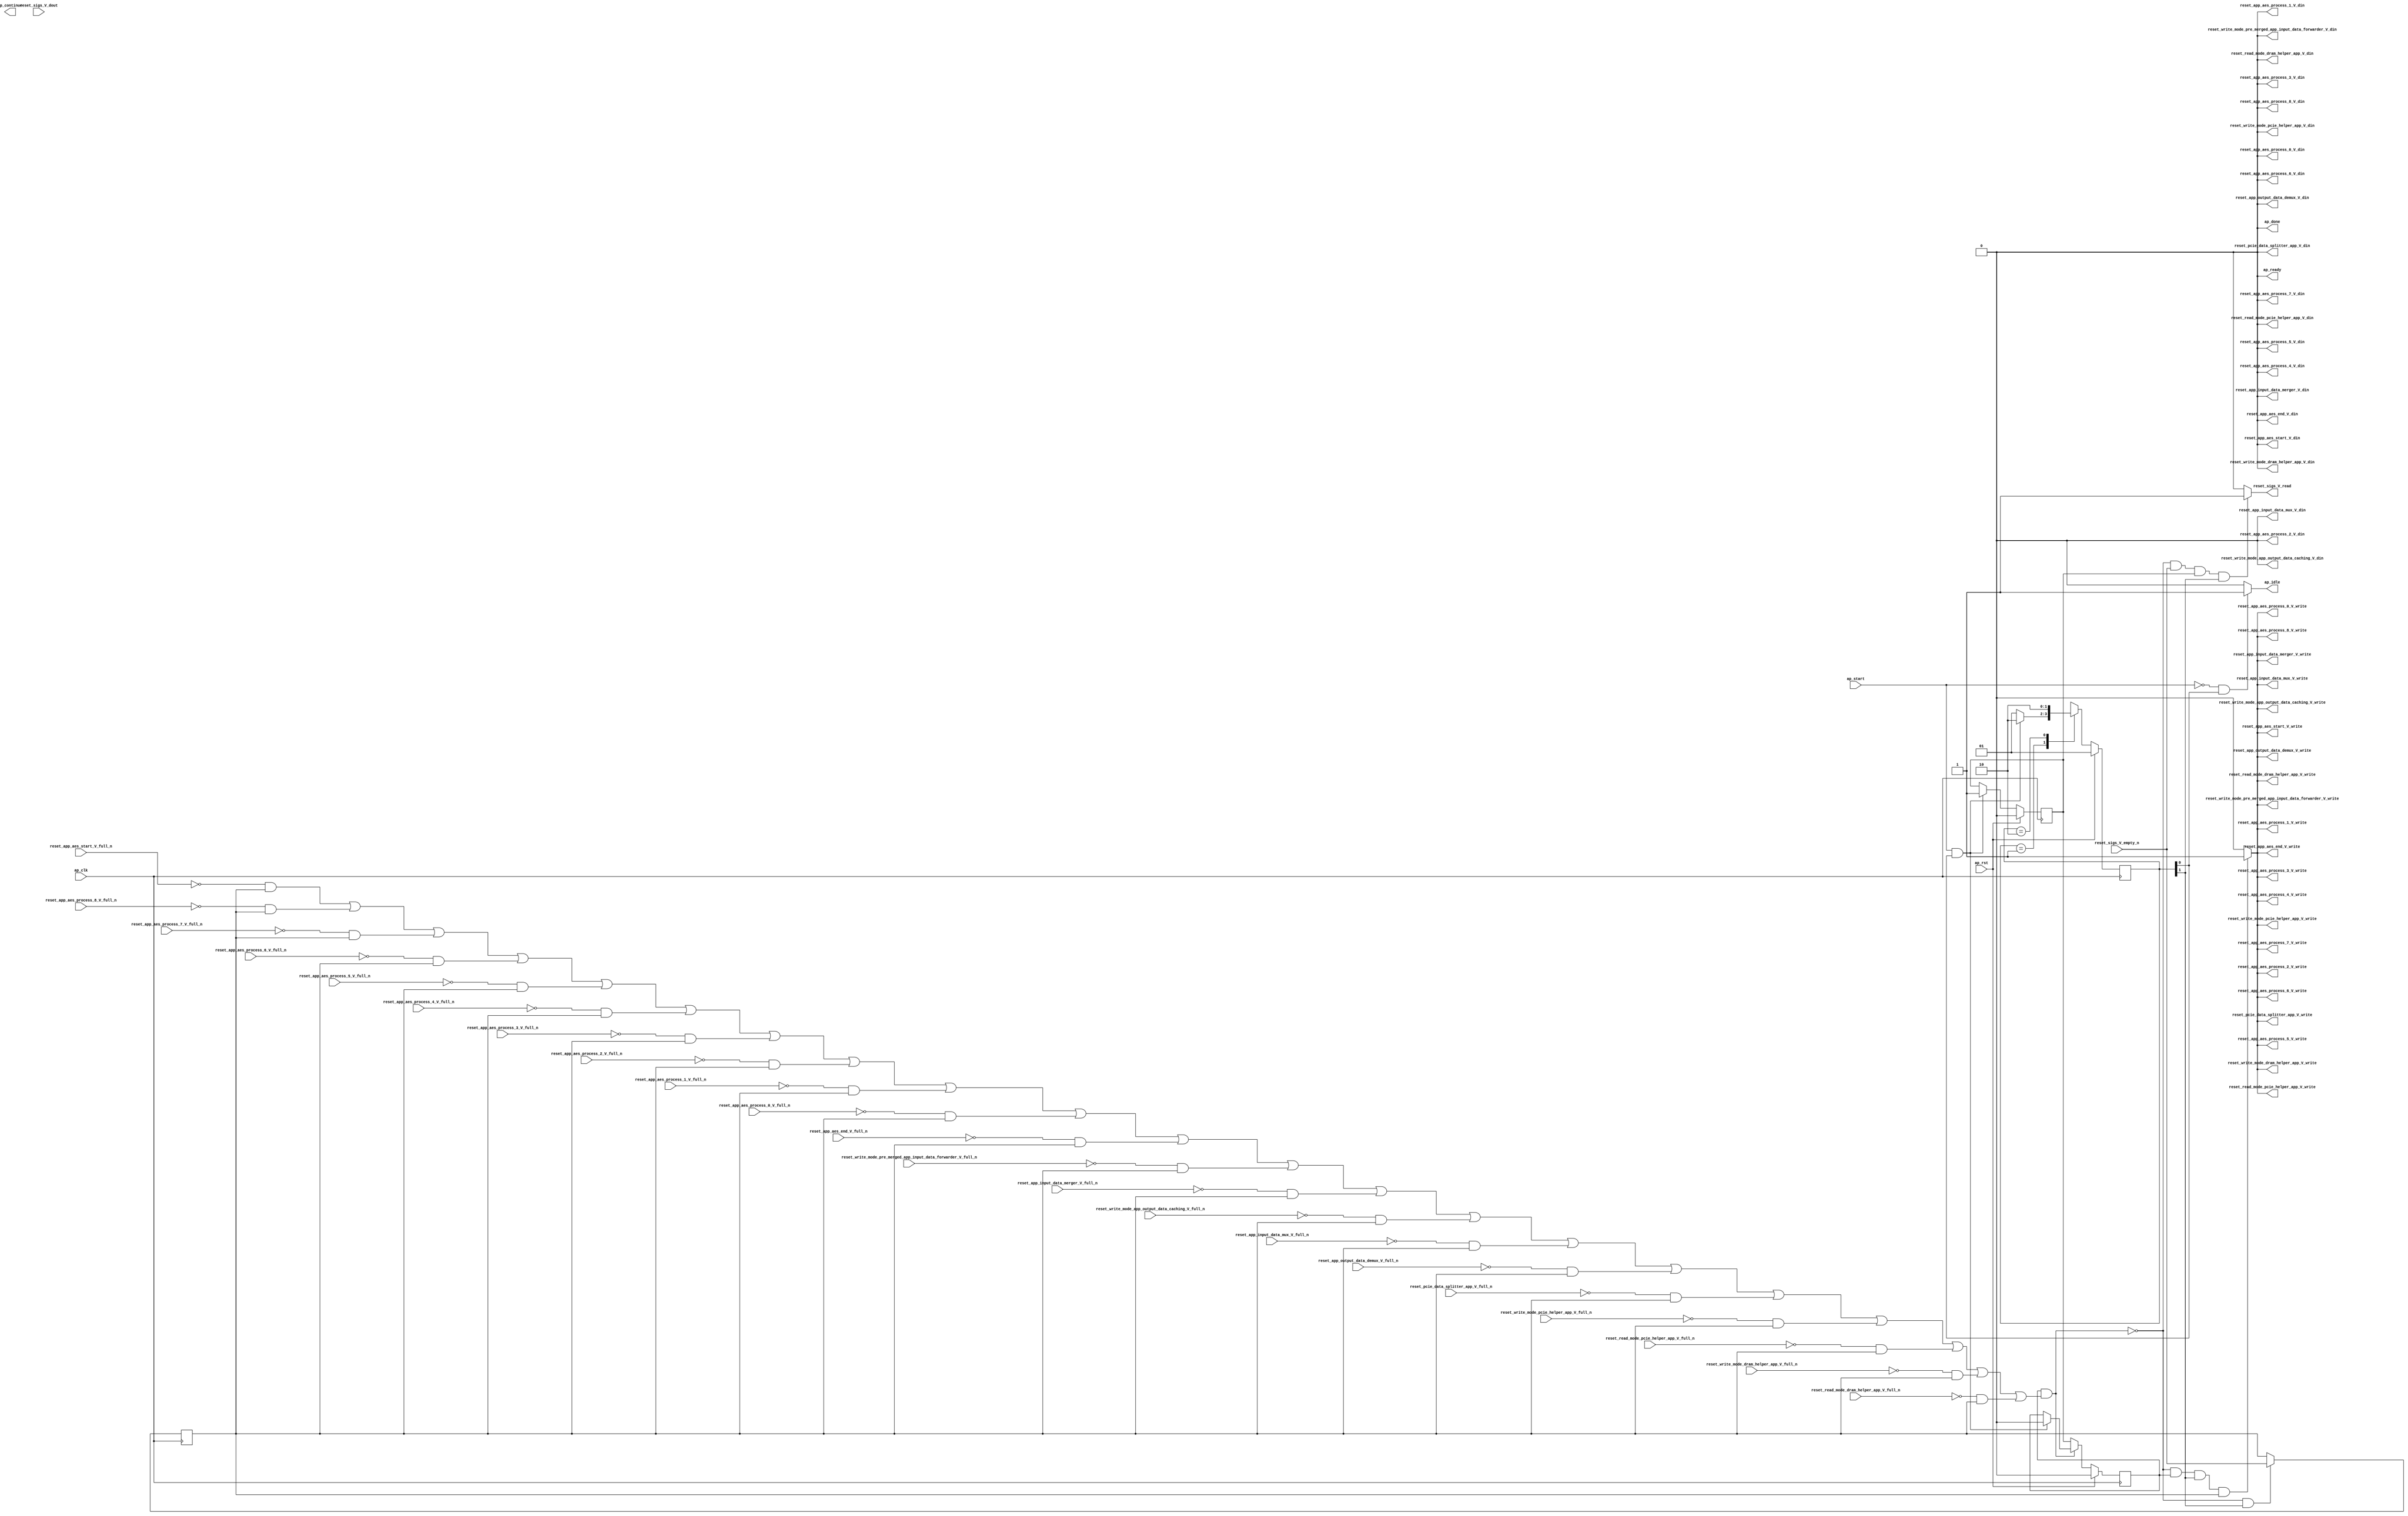
// ==============================================================
// RTL generated by Vivado(TM) HLS - High-Level Synthesis from C, C++ and SystemC
// Version: 2017.4.op
// Copyright (C) 1986-2018 Xilinx, Inc. All Rights Reserved.
// 
// ===========================================================

`timescale 1 ns / 1 ps 

(* CORE_GENERATION_INFO="reset_propaganda,hls_ip_2017_4_op,{HLS_INPUT_TYPE=cxx,HLS_INPUT_FLOAT=0,HLS_INPUT_FIXED=0,HLS_INPUT_PART=xcvu9p-flgb2104-2-i,HLS_INPUT_CLOCK=4.000000,HLS_INPUT_ARCH=others,HLS_SYN_CLOCK=1.458000,HLS_SYN_LAT=-1,HLS_SYN_TPT=none,HLS_SYN_MEM=0,HLS_SYN_DSP=0,HLS_SYN_FF=5,HLS_SYN_LUT=240}" *)

module reset_propaganda (
        ap_clk,
        ap_rst,
        ap_start,
        ap_done,
ap_continue,
        ap_idle,
        ap_ready,
        reset_app_aes_end_V_din,
        reset_app_aes_end_V_full_n,
        reset_app_aes_end_V_write,
        reset_app_aes_process_0_V_din,
        reset_app_aes_process_0_V_full_n,
        reset_app_aes_process_0_V_write,
        reset_app_aes_process_1_V_din,
        reset_app_aes_process_1_V_full_n,
        reset_app_aes_process_1_V_write,
        reset_app_aes_process_2_V_din,
        reset_app_aes_process_2_V_full_n,
        reset_app_aes_process_2_V_write,
        reset_app_aes_process_3_V_din,
        reset_app_aes_process_3_V_full_n,
        reset_app_aes_process_3_V_write,
        reset_app_aes_process_4_V_din,
        reset_app_aes_process_4_V_full_n,
        reset_app_aes_process_4_V_write,
        reset_app_aes_process_5_V_din,
        reset_app_aes_process_5_V_full_n,
        reset_app_aes_process_5_V_write,
        reset_app_aes_process_6_V_din,
        reset_app_aes_process_6_V_full_n,
        reset_app_aes_process_6_V_write,
        reset_app_aes_process_7_V_din,
        reset_app_aes_process_7_V_full_n,
        reset_app_aes_process_7_V_write,
        reset_app_aes_process_8_V_din,
        reset_app_aes_process_8_V_full_n,
        reset_app_aes_process_8_V_write,
        reset_app_aes_start_V_din,
        reset_app_aes_start_V_full_n,
        reset_app_aes_start_V_write,
        reset_sigs_V_dout,
        reset_sigs_V_empty_n,
        reset_sigs_V_read,
        reset_read_mode_dram_helper_app_V_din,
        reset_read_mode_dram_helper_app_V_full_n,
        reset_read_mode_dram_helper_app_V_write,
        reset_write_mode_dram_helper_app_V_din,
        reset_write_mode_dram_helper_app_V_full_n,
        reset_write_mode_dram_helper_app_V_write,
        reset_read_mode_pcie_helper_app_V_din,
        reset_read_mode_pcie_helper_app_V_full_n,
        reset_read_mode_pcie_helper_app_V_write,
        reset_write_mode_pcie_helper_app_V_din,
        reset_write_mode_pcie_helper_app_V_full_n,
        reset_write_mode_pcie_helper_app_V_write,
        reset_pcie_data_splitter_app_V_din,
        reset_pcie_data_splitter_app_V_full_n,
        reset_pcie_data_splitter_app_V_write,
        reset_app_output_data_demux_V_din,
        reset_app_output_data_demux_V_full_n,
        reset_app_output_data_demux_V_write,
        reset_app_input_data_mux_V_din,
        reset_app_input_data_mux_V_full_n,
        reset_app_input_data_mux_V_write,
        reset_write_mode_app_output_data_caching_V_din,
        reset_write_mode_app_output_data_caching_V_full_n,
        reset_write_mode_app_output_data_caching_V_write,
        reset_app_input_data_merger_V_din,
        reset_app_input_data_merger_V_full_n,
        reset_app_input_data_merger_V_write,
        reset_write_mode_pre_merged_app_input_data_forwarder_V_din,
        reset_write_mode_pre_merged_app_input_data_forwarder_V_full_n,
        reset_write_mode_pre_merged_app_input_data_forwarder_V_write
);

parameter    ap_ST_fsm_state1 = 2'd1;
parameter    ap_ST_fsm_pp0_stage0 = 2'd2;

input   ap_clk;
input   ap_rst;
input   ap_start;
output   ap_done;
output   ap_idle;
output ap_ready; output ap_continue;
output   reset_app_aes_end_V_din;
input   reset_app_aes_end_V_full_n;
output   reset_app_aes_end_V_write;
output   reset_app_aes_process_0_V_din;
input   reset_app_aes_process_0_V_full_n;
output   reset_app_aes_process_0_V_write;
output   reset_app_aes_process_1_V_din;
input   reset_app_aes_process_1_V_full_n;
output   reset_app_aes_process_1_V_write;
output   reset_app_aes_process_2_V_din;
input   reset_app_aes_process_2_V_full_n;
output   reset_app_aes_process_2_V_write;
output   reset_app_aes_process_3_V_din;
input   reset_app_aes_process_3_V_full_n;
output   reset_app_aes_process_3_V_write;
output   reset_app_aes_process_4_V_din;
input   reset_app_aes_process_4_V_full_n;
output   reset_app_aes_process_4_V_write;
output   reset_app_aes_process_5_V_din;
input   reset_app_aes_process_5_V_full_n;
output   reset_app_aes_process_5_V_write;
output   reset_app_aes_process_6_V_din;
input   reset_app_aes_process_6_V_full_n;
output   reset_app_aes_process_6_V_write;
output   reset_app_aes_process_7_V_din;
input   reset_app_aes_process_7_V_full_n;
output   reset_app_aes_process_7_V_write;
output   reset_app_aes_process_8_V_din;
input   reset_app_aes_process_8_V_full_n;
output   reset_app_aes_process_8_V_write;
output   reset_app_aes_start_V_din;
input   reset_app_aes_start_V_full_n;
output   reset_app_aes_start_V_write;
input   reset_sigs_V_dout;
input   reset_sigs_V_empty_n;
output   reset_sigs_V_read;
output   reset_read_mode_dram_helper_app_V_din;
input   reset_read_mode_dram_helper_app_V_full_n;
output   reset_read_mode_dram_helper_app_V_write;
output   reset_write_mode_dram_helper_app_V_din;
input   reset_write_mode_dram_helper_app_V_full_n;
output   reset_write_mode_dram_helper_app_V_write;
output   reset_read_mode_pcie_helper_app_V_din;
input   reset_read_mode_pcie_helper_app_V_full_n;
output   reset_read_mode_pcie_helper_app_V_write;
output   reset_write_mode_pcie_helper_app_V_din;
input   reset_write_mode_pcie_helper_app_V_full_n;
output   reset_write_mode_pcie_helper_app_V_write;
output   reset_pcie_data_splitter_app_V_din;
input   reset_pcie_data_splitter_app_V_full_n;
output   reset_pcie_data_splitter_app_V_write;
output   reset_app_output_data_demux_V_din;
input   reset_app_output_data_demux_V_full_n;
output   reset_app_output_data_demux_V_write;
output   reset_app_input_data_mux_V_din;
input   reset_app_input_data_mux_V_full_n;
output   reset_app_input_data_mux_V_write;
output   reset_write_mode_app_output_data_caching_V_din;
input   reset_write_mode_app_output_data_caching_V_full_n;
output   reset_write_mode_app_output_data_caching_V_write;
output   reset_app_input_data_merger_V_din;
input   reset_app_input_data_merger_V_full_n;
output   reset_app_input_data_merger_V_write;
output   reset_write_mode_pre_merged_app_input_data_forwarder_V_din;
input   reset_write_mode_pre_merged_app_input_data_forwarder_V_full_n;
output   reset_write_mode_pre_merged_app_input_data_forwarder_V_write;

reg ap_idle;
reg reset_app_aes_end_V_write;
reg reset_app_aes_process_0_V_write;
reg reset_app_aes_process_1_V_write;
reg reset_app_aes_process_2_V_write;
reg reset_app_aes_process_3_V_write;
reg reset_app_aes_process_4_V_write;
reg reset_app_aes_process_5_V_write;
reg reset_app_aes_process_6_V_write;
reg reset_app_aes_process_7_V_write;
reg reset_app_aes_process_8_V_write;
reg reset_app_aes_start_V_write;
reg reset_sigs_V_read;
reg reset_read_mode_dram_helper_app_V_write;
reg reset_write_mode_dram_helper_app_V_write;
reg reset_read_mode_pcie_helper_app_V_write;
reg reset_write_mode_pcie_helper_app_V_write;
reg reset_pcie_data_splitter_app_V_write;
reg reset_app_output_data_demux_V_write;
reg reset_app_input_data_mux_V_write;
reg reset_write_mode_app_output_data_caching_V_write;
reg reset_app_input_data_merger_V_write;
reg reset_write_mode_pre_merged_app_input_data_forwarder_V_write;

(* fsm_encoding = "none" *) reg   [1:0] ap_CS_fsm;
wire    ap_CS_fsm_state1;
reg    reset_app_aes_end_V_blk_n;
wire    ap_CS_fsm_pp0_stage0;
reg    ap_enable_reg_pp0_iter1;
wire    ap_block_pp0_stage0;
reg   [0:0] empty_n_reg_522;
reg    reset_app_aes_process_0_V_blk_n;
reg    reset_app_aes_process_1_V_blk_n;
reg    reset_app_aes_process_2_V_blk_n;
reg    reset_app_aes_process_3_V_blk_n;
reg    reset_app_aes_process_4_V_blk_n;
reg    reset_app_aes_process_5_V_blk_n;
reg    reset_app_aes_process_6_V_blk_n;
reg    reset_app_aes_process_7_V_blk_n;
reg    reset_app_aes_process_8_V_blk_n;
reg    reset_app_aes_start_V_blk_n;
reg    reset_read_mode_dram_helper_app_V_blk_n;
reg    reset_write_mode_dram_helper_app_V_blk_n;
reg    reset_read_mode_pcie_helper_app_V_blk_n;
reg    reset_write_mode_pcie_helper_app_V_blk_n;
reg    reset_pcie_data_splitter_app_V_blk_n;
reg    reset_app_output_data_demux_V_blk_n;
reg    reset_app_input_data_mux_V_blk_n;
reg    reset_write_mode_app_output_data_caching_V_blk_n;
reg    reset_app_input_data_merger_V_blk_n;
reg    reset_write_mode_pre_merged_app_input_data_forwarder_V_blk_n;
wire    ap_block_state2_pp0_stage0_iter0;
reg    ap_block_state3_pp0_stage0_iter1;
reg    ap_block_pp0_stage0_11001;
reg    ap_enable_reg_pp0_iter0;
reg    ap_block_pp0_stage0_subdone;
reg    ap_block_pp0_stage0_01001;
reg   [1:0] ap_NS_fsm;
reg    ap_idle_pp0;
wire    ap_enable_pp0;

// power-on initialization
initial begin
#0 ap_CS_fsm = 2'd1;
#0 ap_enable_reg_pp0_iter1 = 1'b0;
#0 ap_enable_reg_pp0_iter0 = 1'b0;
end

always @ (posedge ap_clk) begin
    if (ap_rst == 1'b1) begin
        ap_CS_fsm <= ap_ST_fsm_state1;
    end else begin
        ap_CS_fsm <= ap_NS_fsm;
    end
end

always @ (posedge ap_clk) begin
    if (ap_rst == 1'b1) begin
        ap_enable_reg_pp0_iter0 <= 1'b0;
    end else begin
        if (((ap_start == 1'b1) & (1'b1 == ap_CS_fsm_state1))) begin
            ap_enable_reg_pp0_iter0 <= 1'b1;
        end
    end
end

always @ (posedge ap_clk) begin
    if (ap_rst == 1'b1) begin
        ap_enable_reg_pp0_iter1 <= 1'b0;
    end else begin
        if ((1'b0 == ap_block_pp0_stage0_subdone)) begin
            ap_enable_reg_pp0_iter1 <= ap_enable_reg_pp0_iter0;
        end else if (((ap_start == 1'b1) & (1'b1 == ap_CS_fsm_state1))) begin
            ap_enable_reg_pp0_iter1 <= 1'b0;
        end
    end
end

always @ (posedge ap_clk) begin
    if (((1'b0 == ap_block_pp0_stage0_11001) & (1'b1 == ap_CS_fsm_pp0_stage0))) begin
        empty_n_reg_522 <= reset_sigs_V_empty_n;
    end
end

always @ (*) begin
    if (((ap_start == 1'b0) & (1'b1 == ap_CS_fsm_state1))) begin
        ap_idle = 1'b1;
    end else begin
        ap_idle = 1'b0;
    end
end

always @ (*) begin
    if (((ap_enable_reg_pp0_iter0 == 1'b0) & (ap_enable_reg_pp0_iter1 == 1'b0))) begin
        ap_idle_pp0 = 1'b1;
    end else begin
        ap_idle_pp0 = 1'b0;
    end
end

always @ (*) begin
    if (((ap_enable_reg_pp0_iter1 == 1'b1) & (1'b1 == ap_CS_fsm_pp0_stage0) & (empty_n_reg_522 == 1'd1) & (1'b0 == ap_block_pp0_stage0))) begin
        reset_app_aes_end_V_blk_n = reset_app_aes_end_V_full_n;
    end else begin
        reset_app_aes_end_V_blk_n = 1'b1;
    end
end

always @ (*) begin
    if (((1'b0 == ap_block_pp0_stage0_11001) & (ap_enable_reg_pp0_iter1 == 1'b1) & (1'b1 == ap_CS_fsm_pp0_stage0) & (empty_n_reg_522 == 1'd1))) begin
        reset_app_aes_end_V_write = 1'b1;
    end else begin
        reset_app_aes_end_V_write = 1'b0;
    end
end

always @ (*) begin
    if (((ap_enable_reg_pp0_iter1 == 1'b1) & (1'b1 == ap_CS_fsm_pp0_stage0) & (empty_n_reg_522 == 1'd1) & (1'b0 == ap_block_pp0_stage0))) begin
        reset_app_aes_process_0_V_blk_n = reset_app_aes_process_0_V_full_n;
    end else begin
        reset_app_aes_process_0_V_blk_n = 1'b1;
    end
end

always @ (*) begin
    if (((1'b0 == ap_block_pp0_stage0_11001) & (ap_enable_reg_pp0_iter1 == 1'b1) & (1'b1 == ap_CS_fsm_pp0_stage0) & (empty_n_reg_522 == 1'd1))) begin
        reset_app_aes_process_0_V_write = 1'b1;
    end else begin
        reset_app_aes_process_0_V_write = 1'b0;
    end
end

always @ (*) begin
    if (((ap_enable_reg_pp0_iter1 == 1'b1) & (1'b1 == ap_CS_fsm_pp0_stage0) & (empty_n_reg_522 == 1'd1) & (1'b0 == ap_block_pp0_stage0))) begin
        reset_app_aes_process_1_V_blk_n = reset_app_aes_process_1_V_full_n;
    end else begin
        reset_app_aes_process_1_V_blk_n = 1'b1;
    end
end

always @ (*) begin
    if (((1'b0 == ap_block_pp0_stage0_11001) & (ap_enable_reg_pp0_iter1 == 1'b1) & (1'b1 == ap_CS_fsm_pp0_stage0) & (empty_n_reg_522 == 1'd1))) begin
        reset_app_aes_process_1_V_write = 1'b1;
    end else begin
        reset_app_aes_process_1_V_write = 1'b0;
    end
end

always @ (*) begin
    if (((ap_enable_reg_pp0_iter1 == 1'b1) & (1'b1 == ap_CS_fsm_pp0_stage0) & (empty_n_reg_522 == 1'd1) & (1'b0 == ap_block_pp0_stage0))) begin
        reset_app_aes_process_2_V_blk_n = reset_app_aes_process_2_V_full_n;
    end else begin
        reset_app_aes_process_2_V_blk_n = 1'b1;
    end
end

always @ (*) begin
    if (((1'b0 == ap_block_pp0_stage0_11001) & (ap_enable_reg_pp0_iter1 == 1'b1) & (1'b1 == ap_CS_fsm_pp0_stage0) & (empty_n_reg_522 == 1'd1))) begin
        reset_app_aes_process_2_V_write = 1'b1;
    end else begin
        reset_app_aes_process_2_V_write = 1'b0;
    end
end

always @ (*) begin
    if (((ap_enable_reg_pp0_iter1 == 1'b1) & (1'b1 == ap_CS_fsm_pp0_stage0) & (empty_n_reg_522 == 1'd1) & (1'b0 == ap_block_pp0_stage0))) begin
        reset_app_aes_process_3_V_blk_n = reset_app_aes_process_3_V_full_n;
    end else begin
        reset_app_aes_process_3_V_blk_n = 1'b1;
    end
end

always @ (*) begin
    if (((1'b0 == ap_block_pp0_stage0_11001) & (ap_enable_reg_pp0_iter1 == 1'b1) & (1'b1 == ap_CS_fsm_pp0_stage0) & (empty_n_reg_522 == 1'd1))) begin
        reset_app_aes_process_3_V_write = 1'b1;
    end else begin
        reset_app_aes_process_3_V_write = 1'b0;
    end
end

always @ (*) begin
    if (((ap_enable_reg_pp0_iter1 == 1'b1) & (1'b1 == ap_CS_fsm_pp0_stage0) & (empty_n_reg_522 == 1'd1) & (1'b0 == ap_block_pp0_stage0))) begin
        reset_app_aes_process_4_V_blk_n = reset_app_aes_process_4_V_full_n;
    end else begin
        reset_app_aes_process_4_V_blk_n = 1'b1;
    end
end

always @ (*) begin
    if (((1'b0 == ap_block_pp0_stage0_11001) & (ap_enable_reg_pp0_iter1 == 1'b1) & (1'b1 == ap_CS_fsm_pp0_stage0) & (empty_n_reg_522 == 1'd1))) begin
        reset_app_aes_process_4_V_write = 1'b1;
    end else begin
        reset_app_aes_process_4_V_write = 1'b0;
    end
end

always @ (*) begin
    if (((ap_enable_reg_pp0_iter1 == 1'b1) & (1'b1 == ap_CS_fsm_pp0_stage0) & (empty_n_reg_522 == 1'd1) & (1'b0 == ap_block_pp0_stage0))) begin
        reset_app_aes_process_5_V_blk_n = reset_app_aes_process_5_V_full_n;
    end else begin
        reset_app_aes_process_5_V_blk_n = 1'b1;
    end
end

always @ (*) begin
    if (((1'b0 == ap_block_pp0_stage0_11001) & (ap_enable_reg_pp0_iter1 == 1'b1) & (1'b1 == ap_CS_fsm_pp0_stage0) & (empty_n_reg_522 == 1'd1))) begin
        reset_app_aes_process_5_V_write = 1'b1;
    end else begin
        reset_app_aes_process_5_V_write = 1'b0;
    end
end

always @ (*) begin
    if (((ap_enable_reg_pp0_iter1 == 1'b1) & (1'b1 == ap_CS_fsm_pp0_stage0) & (empty_n_reg_522 == 1'd1) & (1'b0 == ap_block_pp0_stage0))) begin
        reset_app_aes_process_6_V_blk_n = reset_app_aes_process_6_V_full_n;
    end else begin
        reset_app_aes_process_6_V_blk_n = 1'b1;
    end
end

always @ (*) begin
    if (((1'b0 == ap_block_pp0_stage0_11001) & (ap_enable_reg_pp0_iter1 == 1'b1) & (1'b1 == ap_CS_fsm_pp0_stage0) & (empty_n_reg_522 == 1'd1))) begin
        reset_app_aes_process_6_V_write = 1'b1;
    end else begin
        reset_app_aes_process_6_V_write = 1'b0;
    end
end

always @ (*) begin
    if (((ap_enable_reg_pp0_iter1 == 1'b1) & (1'b1 == ap_CS_fsm_pp0_stage0) & (empty_n_reg_522 == 1'd1) & (1'b0 == ap_block_pp0_stage0))) begin
        reset_app_aes_process_7_V_blk_n = reset_app_aes_process_7_V_full_n;
    end else begin
        reset_app_aes_process_7_V_blk_n = 1'b1;
    end
end

always @ (*) begin
    if (((1'b0 == ap_block_pp0_stage0_11001) & (ap_enable_reg_pp0_iter1 == 1'b1) & (1'b1 == ap_CS_fsm_pp0_stage0) & (empty_n_reg_522 == 1'd1))) begin
        reset_app_aes_process_7_V_write = 1'b1;
    end else begin
        reset_app_aes_process_7_V_write = 1'b0;
    end
end

always @ (*) begin
    if (((ap_enable_reg_pp0_iter1 == 1'b1) & (1'b1 == ap_CS_fsm_pp0_stage0) & (empty_n_reg_522 == 1'd1) & (1'b0 == ap_block_pp0_stage0))) begin
        reset_app_aes_process_8_V_blk_n = reset_app_aes_process_8_V_full_n;
    end else begin
        reset_app_aes_process_8_V_blk_n = 1'b1;
    end
end

always @ (*) begin
    if (((1'b0 == ap_block_pp0_stage0_11001) & (ap_enable_reg_pp0_iter1 == 1'b1) & (1'b1 == ap_CS_fsm_pp0_stage0) & (empty_n_reg_522 == 1'd1))) begin
        reset_app_aes_process_8_V_write = 1'b1;
    end else begin
        reset_app_aes_process_8_V_write = 1'b0;
    end
end

always @ (*) begin
    if (((ap_enable_reg_pp0_iter1 == 1'b1) & (1'b1 == ap_CS_fsm_pp0_stage0) & (empty_n_reg_522 == 1'd1) & (1'b0 == ap_block_pp0_stage0))) begin
        reset_app_aes_start_V_blk_n = reset_app_aes_start_V_full_n;
    end else begin
        reset_app_aes_start_V_blk_n = 1'b1;
    end
end

always @ (*) begin
    if (((1'b0 == ap_block_pp0_stage0_11001) & (ap_enable_reg_pp0_iter1 == 1'b1) & (1'b1 == ap_CS_fsm_pp0_stage0) & (empty_n_reg_522 == 1'd1))) begin
        reset_app_aes_start_V_write = 1'b1;
    end else begin
        reset_app_aes_start_V_write = 1'b0;
    end
end

always @ (*) begin
    if (((ap_enable_reg_pp0_iter1 == 1'b1) & (1'b1 == ap_CS_fsm_pp0_stage0) & (empty_n_reg_522 == 1'd1) & (1'b0 == ap_block_pp0_stage0))) begin
        reset_app_input_data_merger_V_blk_n = reset_app_input_data_merger_V_full_n;
    end else begin
        reset_app_input_data_merger_V_blk_n = 1'b1;
    end
end

always @ (*) begin
    if (((1'b0 == ap_block_pp0_stage0_11001) & (ap_enable_reg_pp0_iter1 == 1'b1) & (1'b1 == ap_CS_fsm_pp0_stage0) & (empty_n_reg_522 == 1'd1))) begin
        reset_app_input_data_merger_V_write = 1'b1;
    end else begin
        reset_app_input_data_merger_V_write = 1'b0;
    end
end

always @ (*) begin
    if (((ap_enable_reg_pp0_iter1 == 1'b1) & (1'b1 == ap_CS_fsm_pp0_stage0) & (empty_n_reg_522 == 1'd1) & (1'b0 == ap_block_pp0_stage0))) begin
        reset_app_input_data_mux_V_blk_n = reset_app_input_data_mux_V_full_n;
    end else begin
        reset_app_input_data_mux_V_blk_n = 1'b1;
    end
end

always @ (*) begin
    if (((1'b0 == ap_block_pp0_stage0_11001) & (ap_enable_reg_pp0_iter1 == 1'b1) & (1'b1 == ap_CS_fsm_pp0_stage0) & (empty_n_reg_522 == 1'd1))) begin
        reset_app_input_data_mux_V_write = 1'b1;
    end else begin
        reset_app_input_data_mux_V_write = 1'b0;
    end
end

always @ (*) begin
    if (((ap_enable_reg_pp0_iter1 == 1'b1) & (1'b1 == ap_CS_fsm_pp0_stage0) & (empty_n_reg_522 == 1'd1) & (1'b0 == ap_block_pp0_stage0))) begin
        reset_app_output_data_demux_V_blk_n = reset_app_output_data_demux_V_full_n;
    end else begin
        reset_app_output_data_demux_V_blk_n = 1'b1;
    end
end

always @ (*) begin
    if (((1'b0 == ap_block_pp0_stage0_11001) & (ap_enable_reg_pp0_iter1 == 1'b1) & (1'b1 == ap_CS_fsm_pp0_stage0) & (empty_n_reg_522 == 1'd1))) begin
        reset_app_output_data_demux_V_write = 1'b1;
    end else begin
        reset_app_output_data_demux_V_write = 1'b0;
    end
end

always @ (*) begin
    if (((ap_enable_reg_pp0_iter1 == 1'b1) & (1'b1 == ap_CS_fsm_pp0_stage0) & (empty_n_reg_522 == 1'd1) & (1'b0 == ap_block_pp0_stage0))) begin
        reset_pcie_data_splitter_app_V_blk_n = reset_pcie_data_splitter_app_V_full_n;
    end else begin
        reset_pcie_data_splitter_app_V_blk_n = 1'b1;
    end
end

always @ (*) begin
    if (((1'b0 == ap_block_pp0_stage0_11001) & (ap_enable_reg_pp0_iter1 == 1'b1) & (1'b1 == ap_CS_fsm_pp0_stage0) & (empty_n_reg_522 == 1'd1))) begin
        reset_pcie_data_splitter_app_V_write = 1'b1;
    end else begin
        reset_pcie_data_splitter_app_V_write = 1'b0;
    end
end

always @ (*) begin
    if (((ap_enable_reg_pp0_iter1 == 1'b1) & (1'b1 == ap_CS_fsm_pp0_stage0) & (empty_n_reg_522 == 1'd1) & (1'b0 == ap_block_pp0_stage0))) begin
        reset_read_mode_dram_helper_app_V_blk_n = reset_read_mode_dram_helper_app_V_full_n;
    end else begin
        reset_read_mode_dram_helper_app_V_blk_n = 1'b1;
    end
end

always @ (*) begin
    if (((1'b0 == ap_block_pp0_stage0_11001) & (ap_enable_reg_pp0_iter1 == 1'b1) & (1'b1 == ap_CS_fsm_pp0_stage0) & (empty_n_reg_522 == 1'd1))) begin
        reset_read_mode_dram_helper_app_V_write = 1'b1;
    end else begin
        reset_read_mode_dram_helper_app_V_write = 1'b0;
    end
end

always @ (*) begin
    if (((ap_enable_reg_pp0_iter1 == 1'b1) & (1'b1 == ap_CS_fsm_pp0_stage0) & (empty_n_reg_522 == 1'd1) & (1'b0 == ap_block_pp0_stage0))) begin
        reset_read_mode_pcie_helper_app_V_blk_n = reset_read_mode_pcie_helper_app_V_full_n;
    end else begin
        reset_read_mode_pcie_helper_app_V_blk_n = 1'b1;
    end
end

always @ (*) begin
    if (((1'b0 == ap_block_pp0_stage0_11001) & (ap_enable_reg_pp0_iter1 == 1'b1) & (1'b1 == ap_CS_fsm_pp0_stage0) & (empty_n_reg_522 == 1'd1))) begin
        reset_read_mode_pcie_helper_app_V_write = 1'b1;
    end else begin
        reset_read_mode_pcie_helper_app_V_write = 1'b0;
    end
end

always @ (*) begin
    if (((1'b0 == ap_block_pp0_stage0_11001) & (reset_sigs_V_empty_n == 1'b1) & (ap_enable_reg_pp0_iter0 == 1'b1) & (1'b1 == ap_CS_fsm_pp0_stage0))) begin
        reset_sigs_V_read = 1'b1;
    end else begin
        reset_sigs_V_read = 1'b0;
    end
end

always @ (*) begin
    if (((ap_enable_reg_pp0_iter1 == 1'b1) & (1'b1 == ap_CS_fsm_pp0_stage0) & (empty_n_reg_522 == 1'd1) & (1'b0 == ap_block_pp0_stage0))) begin
        reset_write_mode_app_output_data_caching_V_blk_n = reset_write_mode_app_output_data_caching_V_full_n;
    end else begin
        reset_write_mode_app_output_data_caching_V_blk_n = 1'b1;
    end
end

always @ (*) begin
    if (((1'b0 == ap_block_pp0_stage0_11001) & (ap_enable_reg_pp0_iter1 == 1'b1) & (1'b1 == ap_CS_fsm_pp0_stage0) & (empty_n_reg_522 == 1'd1))) begin
        reset_write_mode_app_output_data_caching_V_write = 1'b1;
    end else begin
        reset_write_mode_app_output_data_caching_V_write = 1'b0;
    end
end

always @ (*) begin
    if (((ap_enable_reg_pp0_iter1 == 1'b1) & (1'b1 == ap_CS_fsm_pp0_stage0) & (empty_n_reg_522 == 1'd1) & (1'b0 == ap_block_pp0_stage0))) begin
        reset_write_mode_dram_helper_app_V_blk_n = reset_write_mode_dram_helper_app_V_full_n;
    end else begin
        reset_write_mode_dram_helper_app_V_blk_n = 1'b1;
    end
end

always @ (*) begin
    if (((1'b0 == ap_block_pp0_stage0_11001) & (ap_enable_reg_pp0_iter1 == 1'b1) & (1'b1 == ap_CS_fsm_pp0_stage0) & (empty_n_reg_522 == 1'd1))) begin
        reset_write_mode_dram_helper_app_V_write = 1'b1;
    end else begin
        reset_write_mode_dram_helper_app_V_write = 1'b0;
    end
end

always @ (*) begin
    if (((ap_enable_reg_pp0_iter1 == 1'b1) & (1'b1 == ap_CS_fsm_pp0_stage0) & (empty_n_reg_522 == 1'd1) & (1'b0 == ap_block_pp0_stage0))) begin
        reset_write_mode_pcie_helper_app_V_blk_n = reset_write_mode_pcie_helper_app_V_full_n;
    end else begin
        reset_write_mode_pcie_helper_app_V_blk_n = 1'b1;
    end
end

always @ (*) begin
    if (((1'b0 == ap_block_pp0_stage0_11001) & (ap_enable_reg_pp0_iter1 == 1'b1) & (1'b1 == ap_CS_fsm_pp0_stage0) & (empty_n_reg_522 == 1'd1))) begin
        reset_write_mode_pcie_helper_app_V_write = 1'b1;
    end else begin
        reset_write_mode_pcie_helper_app_V_write = 1'b0;
    end
end

always @ (*) begin
    if (((ap_enable_reg_pp0_iter1 == 1'b1) & (1'b1 == ap_CS_fsm_pp0_stage0) & (empty_n_reg_522 == 1'd1) & (1'b0 == ap_block_pp0_stage0))) begin
        reset_write_mode_pre_merged_app_input_data_forwarder_V_blk_n = reset_write_mode_pre_merged_app_input_data_forwarder_V_full_n;
    end else begin
        reset_write_mode_pre_merged_app_input_data_forwarder_V_blk_n = 1'b1;
    end
end

always @ (*) begin
    if (((1'b0 == ap_block_pp0_stage0_11001) & (ap_enable_reg_pp0_iter1 == 1'b1) & (1'b1 == ap_CS_fsm_pp0_stage0) & (empty_n_reg_522 == 1'd1))) begin
        reset_write_mode_pre_merged_app_input_data_forwarder_V_write = 1'b1;
    end else begin
        reset_write_mode_pre_merged_app_input_data_forwarder_V_write = 1'b0;
    end
end

always @ (*) begin
    case (ap_CS_fsm)
        ap_ST_fsm_state1 : begin
            if (((ap_start == 1'b1) & (1'b1 == ap_CS_fsm_state1))) begin
                ap_NS_fsm = ap_ST_fsm_pp0_stage0;
            end else begin
                ap_NS_fsm = ap_ST_fsm_state1;
            end
        end
        ap_ST_fsm_pp0_stage0 : begin
            ap_NS_fsm = ap_ST_fsm_pp0_stage0;
        end
        default : begin
            ap_NS_fsm = 'bx;
        end
    endcase
end

assign ap_CS_fsm_pp0_stage0 = ap_CS_fsm[32'd1];

assign ap_CS_fsm_state1 = ap_CS_fsm[32'd0];

assign ap_block_pp0_stage0 = ~(1'b1 == 1'b1);

always @ (*) begin
    ap_block_pp0_stage0_01001 = ((ap_enable_reg_pp0_iter1 == 1'b1) & (((reset_app_aes_start_V_full_n == 1'b0) & (empty_n_reg_522 == 1'd1)) | ((reset_app_aes_process_8_V_full_n == 1'b0) & (empty_n_reg_522 == 1'd1)) | ((reset_app_aes_process_7_V_full_n == 1'b0) & (empty_n_reg_522 == 1'd1)) | ((reset_app_aes_process_6_V_full_n == 1'b0) & (empty_n_reg_522 == 1'd1)) | ((reset_app_aes_process_5_V_full_n == 1'b0) & (empty_n_reg_522 == 1'd1)) | ((reset_app_aes_process_4_V_full_n == 1'b0) & (empty_n_reg_522 == 1'd1)) | ((reset_app_aes_process_3_V_full_n == 1'b0) & (empty_n_reg_522 == 1'd1)) | ((reset_app_aes_process_2_V_full_n == 1'b0) & (empty_n_reg_522 == 1'd1)) | ((reset_app_aes_process_1_V_full_n == 1'b0) & (empty_n_reg_522 == 1'd1)) | ((reset_app_aes_process_0_V_full_n == 1'b0) & (empty_n_reg_522 == 1'd1)) | ((reset_app_aes_end_V_full_n == 1'b0) & (empty_n_reg_522 == 1'd1)) | ((reset_write_mode_pre_merged_app_input_data_forwarder_V_full_n == 1'b0) & (empty_n_reg_522 == 1'd1)) | ((reset_app_input_data_merger_V_full_n == 1'b0) & (empty_n_reg_522 == 1'd1)) | ((reset_write_mode_app_output_data_caching_V_full_n == 1'b0) & (empty_n_reg_522 == 1'd1)) | ((reset_app_input_data_mux_V_full_n == 1'b0) & (empty_n_reg_522 == 1'd1)) | ((reset_app_output_data_demux_V_full_n == 1'b0) & (empty_n_reg_522 == 1'd1)) | ((reset_pcie_data_splitter_app_V_full_n == 1'b0) & (empty_n_reg_522 == 1'd1)) | ((reset_write_mode_pcie_helper_app_V_full_n == 1'b0) & (empty_n_reg_522 == 1'd1)) | ((reset_read_mode_pcie_helper_app_V_full_n == 1'b0) & (empty_n_reg_522 == 1'd1)) | ((reset_write_mode_dram_helper_app_V_full_n == 1'b0) & (empty_n_reg_522 == 1'd1)) | ((reset_read_mode_dram_helper_app_V_full_n == 1'b0) & (empty_n_reg_522 == 1'd1))));
end

always @ (*) begin
    ap_block_pp0_stage0_11001 = ((ap_enable_reg_pp0_iter1 == 1'b1) & (((reset_app_aes_start_V_full_n == 1'b0) & (empty_n_reg_522 == 1'd1)) | ((reset_app_aes_process_8_V_full_n == 1'b0) & (empty_n_reg_522 == 1'd1)) | ((reset_app_aes_process_7_V_full_n == 1'b0) & (empty_n_reg_522 == 1'd1)) | ((reset_app_aes_process_6_V_full_n == 1'b0) & (empty_n_reg_522 == 1'd1)) | ((reset_app_aes_process_5_V_full_n == 1'b0) & (empty_n_reg_522 == 1'd1)) | ((reset_app_aes_process_4_V_full_n == 1'b0) & (empty_n_reg_522 == 1'd1)) | ((reset_app_aes_process_3_V_full_n == 1'b0) & (empty_n_reg_522 == 1'd1)) | ((reset_app_aes_process_2_V_full_n == 1'b0) & (empty_n_reg_522 == 1'd1)) | ((reset_app_aes_process_1_V_full_n == 1'b0) & (empty_n_reg_522 == 1'd1)) | ((reset_app_aes_process_0_V_full_n == 1'b0) & (empty_n_reg_522 == 1'd1)) | ((reset_app_aes_end_V_full_n == 1'b0) & (empty_n_reg_522 == 1'd1)) | ((reset_write_mode_pre_merged_app_input_data_forwarder_V_full_n == 1'b0) & (empty_n_reg_522 == 1'd1)) | ((reset_app_input_data_merger_V_full_n == 1'b0) & (empty_n_reg_522 == 1'd1)) | ((reset_write_mode_app_output_data_caching_V_full_n == 1'b0) & (empty_n_reg_522 == 1'd1)) | ((reset_app_input_data_mux_V_full_n == 1'b0) & (empty_n_reg_522 == 1'd1)) | ((reset_app_output_data_demux_V_full_n == 1'b0) & (empty_n_reg_522 == 1'd1)) | ((reset_pcie_data_splitter_app_V_full_n == 1'b0) & (empty_n_reg_522 == 1'd1)) | ((reset_write_mode_pcie_helper_app_V_full_n == 1'b0) & (empty_n_reg_522 == 1'd1)) | ((reset_read_mode_pcie_helper_app_V_full_n == 1'b0) & (empty_n_reg_522 == 1'd1)) | ((reset_write_mode_dram_helper_app_V_full_n == 1'b0) & (empty_n_reg_522 == 1'd1)) | ((reset_read_mode_dram_helper_app_V_full_n == 1'b0) & (empty_n_reg_522 == 1'd1))));
end

always @ (*) begin
    ap_block_pp0_stage0_subdone = ((ap_enable_reg_pp0_iter1 == 1'b1) & (((reset_app_aes_start_V_full_n == 1'b0) & (empty_n_reg_522 == 1'd1)) | ((reset_app_aes_process_8_V_full_n == 1'b0) & (empty_n_reg_522 == 1'd1)) | ((reset_app_aes_process_7_V_full_n == 1'b0) & (empty_n_reg_522 == 1'd1)) | ((reset_app_aes_process_6_V_full_n == 1'b0) & (empty_n_reg_522 == 1'd1)) | ((reset_app_aes_process_5_V_full_n == 1'b0) & (empty_n_reg_522 == 1'd1)) | ((reset_app_aes_process_4_V_full_n == 1'b0) & (empty_n_reg_522 == 1'd1)) | ((reset_app_aes_process_3_V_full_n == 1'b0) & (empty_n_reg_522 == 1'd1)) | ((reset_app_aes_process_2_V_full_n == 1'b0) & (empty_n_reg_522 == 1'd1)) | ((reset_app_aes_process_1_V_full_n == 1'b0) & (empty_n_reg_522 == 1'd1)) | ((reset_app_aes_process_0_V_full_n == 1'b0) & (empty_n_reg_522 == 1'd1)) | ((reset_app_aes_end_V_full_n == 1'b0) & (empty_n_reg_522 == 1'd1)) | ((reset_write_mode_pre_merged_app_input_data_forwarder_V_full_n == 1'b0) & (empty_n_reg_522 == 1'd1)) | ((reset_app_input_data_merger_V_full_n == 1'b0) & (empty_n_reg_522 == 1'd1)) | ((reset_write_mode_app_output_data_caching_V_full_n == 1'b0) & (empty_n_reg_522 == 1'd1)) | ((reset_app_input_data_mux_V_full_n == 1'b0) & (empty_n_reg_522 == 1'd1)) | ((reset_app_output_data_demux_V_full_n == 1'b0) & (empty_n_reg_522 == 1'd1)) | ((reset_pcie_data_splitter_app_V_full_n == 1'b0) & (empty_n_reg_522 == 1'd1)) | ((reset_write_mode_pcie_helper_app_V_full_n == 1'b0) & (empty_n_reg_522 == 1'd1)) | ((reset_read_mode_pcie_helper_app_V_full_n == 1'b0) & (empty_n_reg_522 == 1'd1)) | ((reset_write_mode_dram_helper_app_V_full_n == 1'b0) & (empty_n_reg_522 == 1'd1)) | ((reset_read_mode_dram_helper_app_V_full_n == 1'b0) & (empty_n_reg_522 == 1'd1))));
end

assign ap_block_state2_pp0_stage0_iter0 = ~(1'b1 == 1'b1);

always @ (*) begin
    ap_block_state3_pp0_stage0_iter1 = (((reset_app_aes_start_V_full_n == 1'b0) & (empty_n_reg_522 == 1'd1)) | ((reset_app_aes_process_8_V_full_n == 1'b0) & (empty_n_reg_522 == 1'd1)) | ((reset_app_aes_process_7_V_full_n == 1'b0) & (empty_n_reg_522 == 1'd1)) | ((reset_app_aes_process_6_V_full_n == 1'b0) & (empty_n_reg_522 == 1'd1)) | ((reset_app_aes_process_5_V_full_n == 1'b0) & (empty_n_reg_522 == 1'd1)) | ((reset_app_aes_process_4_V_full_n == 1'b0) & (empty_n_reg_522 == 1'd1)) | ((reset_app_aes_process_3_V_full_n == 1'b0) & (empty_n_reg_522 == 1'd1)) | ((reset_app_aes_process_2_V_full_n == 1'b0) & (empty_n_reg_522 == 1'd1)) | ((reset_app_aes_process_1_V_full_n == 1'b0) & (empty_n_reg_522 == 1'd1)) | ((reset_app_aes_process_0_V_full_n == 1'b0) & (empty_n_reg_522 == 1'd1)) | ((reset_app_aes_end_V_full_n == 1'b0) & (empty_n_reg_522 == 1'd1)) | ((reset_write_mode_pre_merged_app_input_data_forwarder_V_full_n == 1'b0) & (empty_n_reg_522 == 1'd1)) | ((reset_app_input_data_merger_V_full_n == 1'b0) & (empty_n_reg_522 == 1'd1)) | ((reset_write_mode_app_output_data_caching_V_full_n == 1'b0) & (empty_n_reg_522 == 1'd1)) | ((reset_app_input_data_mux_V_full_n == 1'b0) & (empty_n_reg_522 == 1'd1)) | ((reset_app_output_data_demux_V_full_n == 1'b0) & (empty_n_reg_522 == 1'd1)) | ((reset_pcie_data_splitter_app_V_full_n == 1'b0) & (empty_n_reg_522 == 1'd1)) | ((reset_write_mode_pcie_helper_app_V_full_n == 1'b0) & (empty_n_reg_522 == 1'd1)) | ((reset_read_mode_pcie_helper_app_V_full_n == 1'b0) & (empty_n_reg_522 == 1'd1)) | ((reset_write_mode_dram_helper_app_V_full_n == 1'b0) & (empty_n_reg_522 == 1'd1)) | ((reset_read_mode_dram_helper_app_V_full_n == 1'b0) & (empty_n_reg_522 == 1'd1)));
end

assign ap_done = 1'b0;

assign ap_enable_pp0 = (ap_idle_pp0 ^ 1'b1);

assign ap_ready = 1'b0;

assign reset_app_aes_end_V_din = 1'd0;

assign reset_app_aes_process_0_V_din = 1'd0;

assign reset_app_aes_process_1_V_din = 1'd0;

assign reset_app_aes_process_2_V_din = 1'd0;

assign reset_app_aes_process_3_V_din = 1'd0;

assign reset_app_aes_process_4_V_din = 1'd0;

assign reset_app_aes_process_5_V_din = 1'd0;

assign reset_app_aes_process_6_V_din = 1'd0;

assign reset_app_aes_process_7_V_din = 1'd0;

assign reset_app_aes_process_8_V_din = 1'd0;

assign reset_app_aes_start_V_din = 1'd0;

assign reset_app_input_data_merger_V_din = 1'd0;

assign reset_app_input_data_mux_V_din = 1'd0;

assign reset_app_output_data_demux_V_din = 1'd0;

assign reset_pcie_data_splitter_app_V_din = 1'd0;

assign reset_read_mode_dram_helper_app_V_din = 1'd0;

assign reset_read_mode_pcie_helper_app_V_din = 1'd0;

assign reset_write_mode_app_output_data_caching_V_din = 1'd0;

assign reset_write_mode_dram_helper_app_V_din = 1'd0;

assign reset_write_mode_pcie_helper_app_V_din = 1'd0;

assign reset_write_mode_pre_merged_app_input_data_forwarder_V_din = 1'd0;

endmodule //reset_propaganda